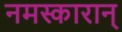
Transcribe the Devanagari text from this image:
नमस्कारान्